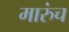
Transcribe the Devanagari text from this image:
मारुंच